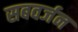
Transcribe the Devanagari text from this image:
सबवर्जन